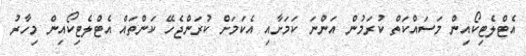
އެޓްލެޓިކޯއިން މަސައްކަތް ކުރަމުން އަންނަ ކަމަށާއި އެކަމަށް ކުރަންޖެހޭ ކަންތައް އެޓްލެޓިކޯއިން މިހާރު